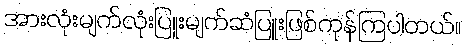
အားလုံးမျက်လုံးပြူးမျက်ဆံပြူးဖြစ်ကုန်ကြပါတယ်။